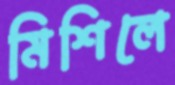
মিশিলে